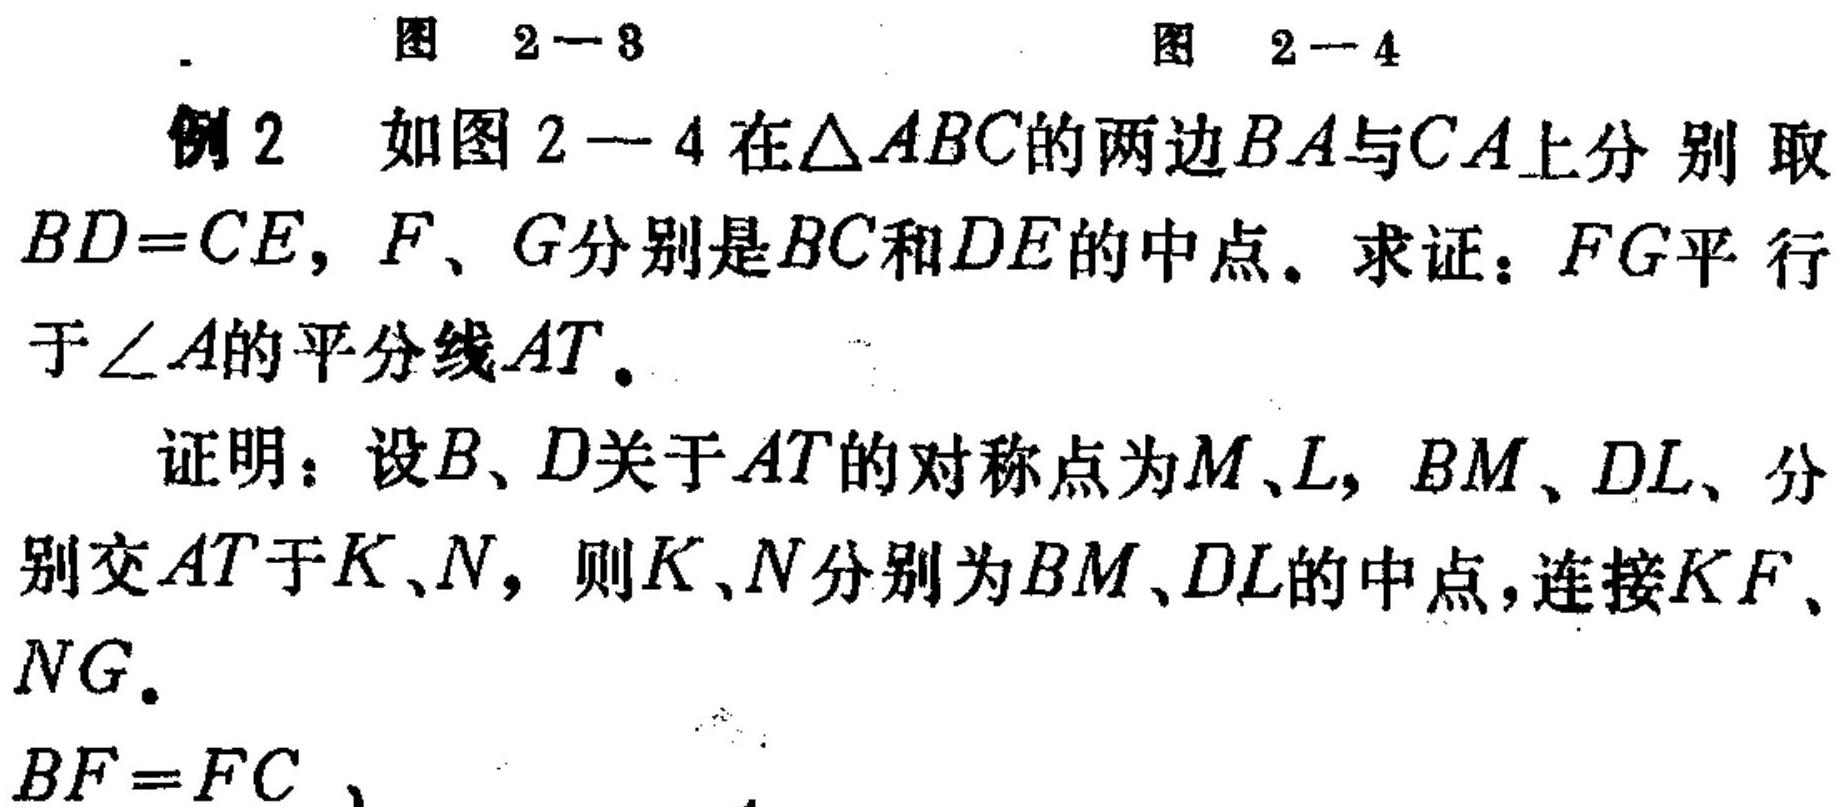
图 \(2 - 3\)  图 \(2 - 4\)
例2 如图 \(2 - 4\) 在\(\triangle ABC\)的两边\(BA\)与\(CA\)上分别取\(BD = CE\)，\(F\)、\(G\)分别是\(BC\)和\(DE\)的中点。求证：\(FG\)平行于\(\angle A\)的平分线\(AT\)。
证明：设\(B\)、\(D\)关于\(AT\)的对称点为\(M\)、\(L\)，\(BM\)、\(DL\)、分别交\(AT\)于\(K\)、\(N\)，则\(K\)、\(N\)分别为\(BM\)、\(DL\)的中点，连接\(KF\)、\(NG\)。
\(BF = FC\) 、